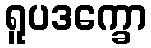
ရူပဒက္ခော